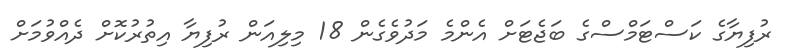
ރުފިޔާގެ ކަސްޓަމްސްގެ ބަޖެޓަށް އެންމެ މަދުވެގެން 18 މިލިއަން ރުފިޔާ އިތުރުކޮށް ދެއްވުމަށް